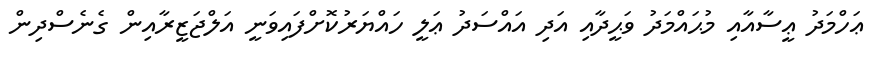
ޢަހްމަދު ޢީސާއާއި މުޙައްމަދު ވަޙީދާއި އަދި އައްސަދު ޢަލީ ހައްޔަރުކޮށްފައިވަނީ އަލްޖަޒީރާއިން ގެނެސްދިން